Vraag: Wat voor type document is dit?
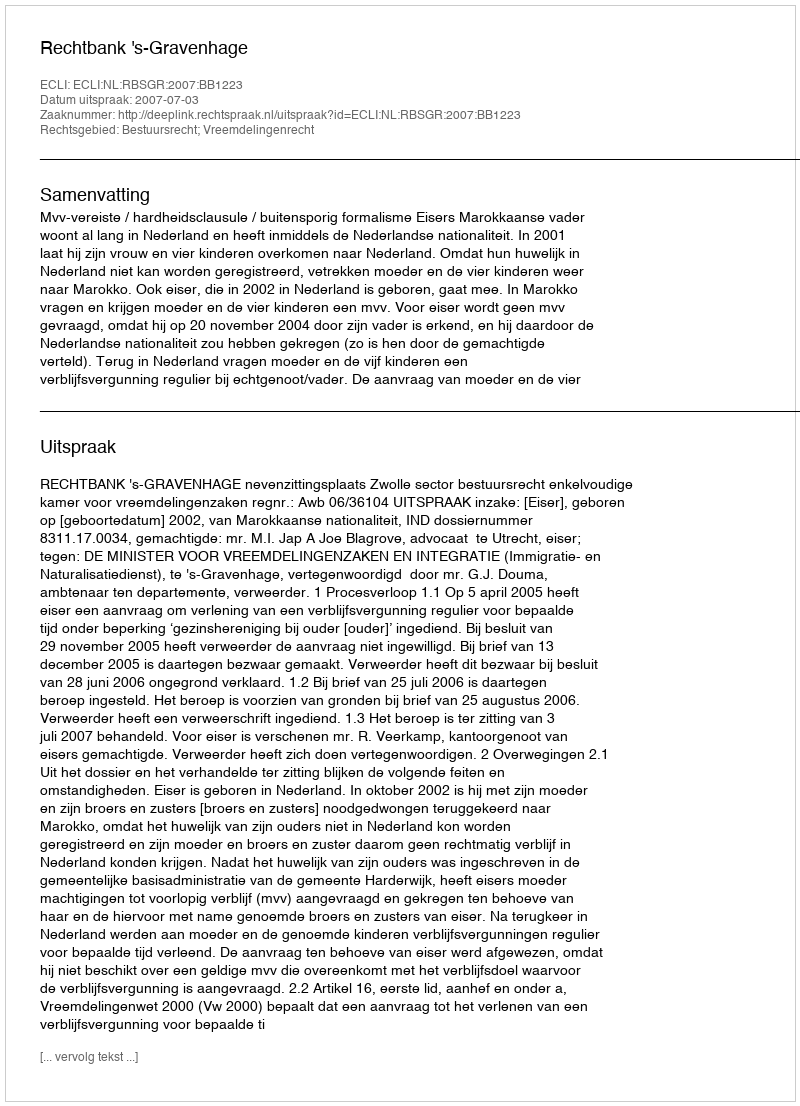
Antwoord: Uitspraak